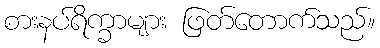
စားနပ်ရိက္ခာများ ဖြတ်တောက်သည်။